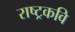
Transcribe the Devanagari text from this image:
राष्‍ट्रकवि